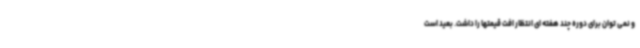
و نمی توان برای دوره چند هفته ای انتظار افت قیمتها را داشت. بعید است